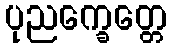
ပုညက္ခေတ္တေ